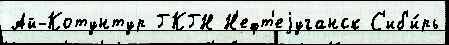
Ай-Котунтур ГКГН Н'ефт'еjуганск С'иб'и́рь